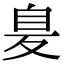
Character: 𦤁